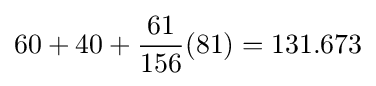
60+40+{\frac {61}{156}}(81)=131.673